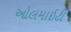
ઓલમાઇટી